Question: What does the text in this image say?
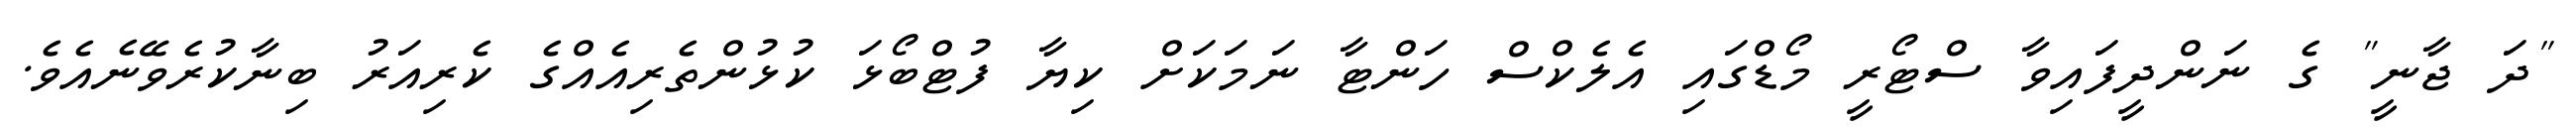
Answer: "ދަ ޖާނީ" ގެ ނަންދީފައިވާ ސްޓޯރީ މޯޑްގައި އެލެކްސް ހަންޓާ ނަމަކަށް ކިޔާ ފުޓްބޯޅަ ކުޅުންތެރިއެއްގެ ކެރިއަރު ބިނާކުރެވޭނެއެވެ.